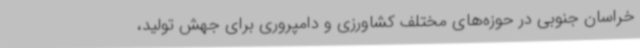
خراسان جنوبی در حوزه‌های مختلف کشاورزی و دامپروری برای جهش تولید،